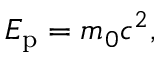
\textstyle E _ { \mathrm { p } } = m _ { 0 } c ^ { 2 } ,